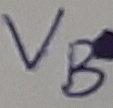
Text: VB